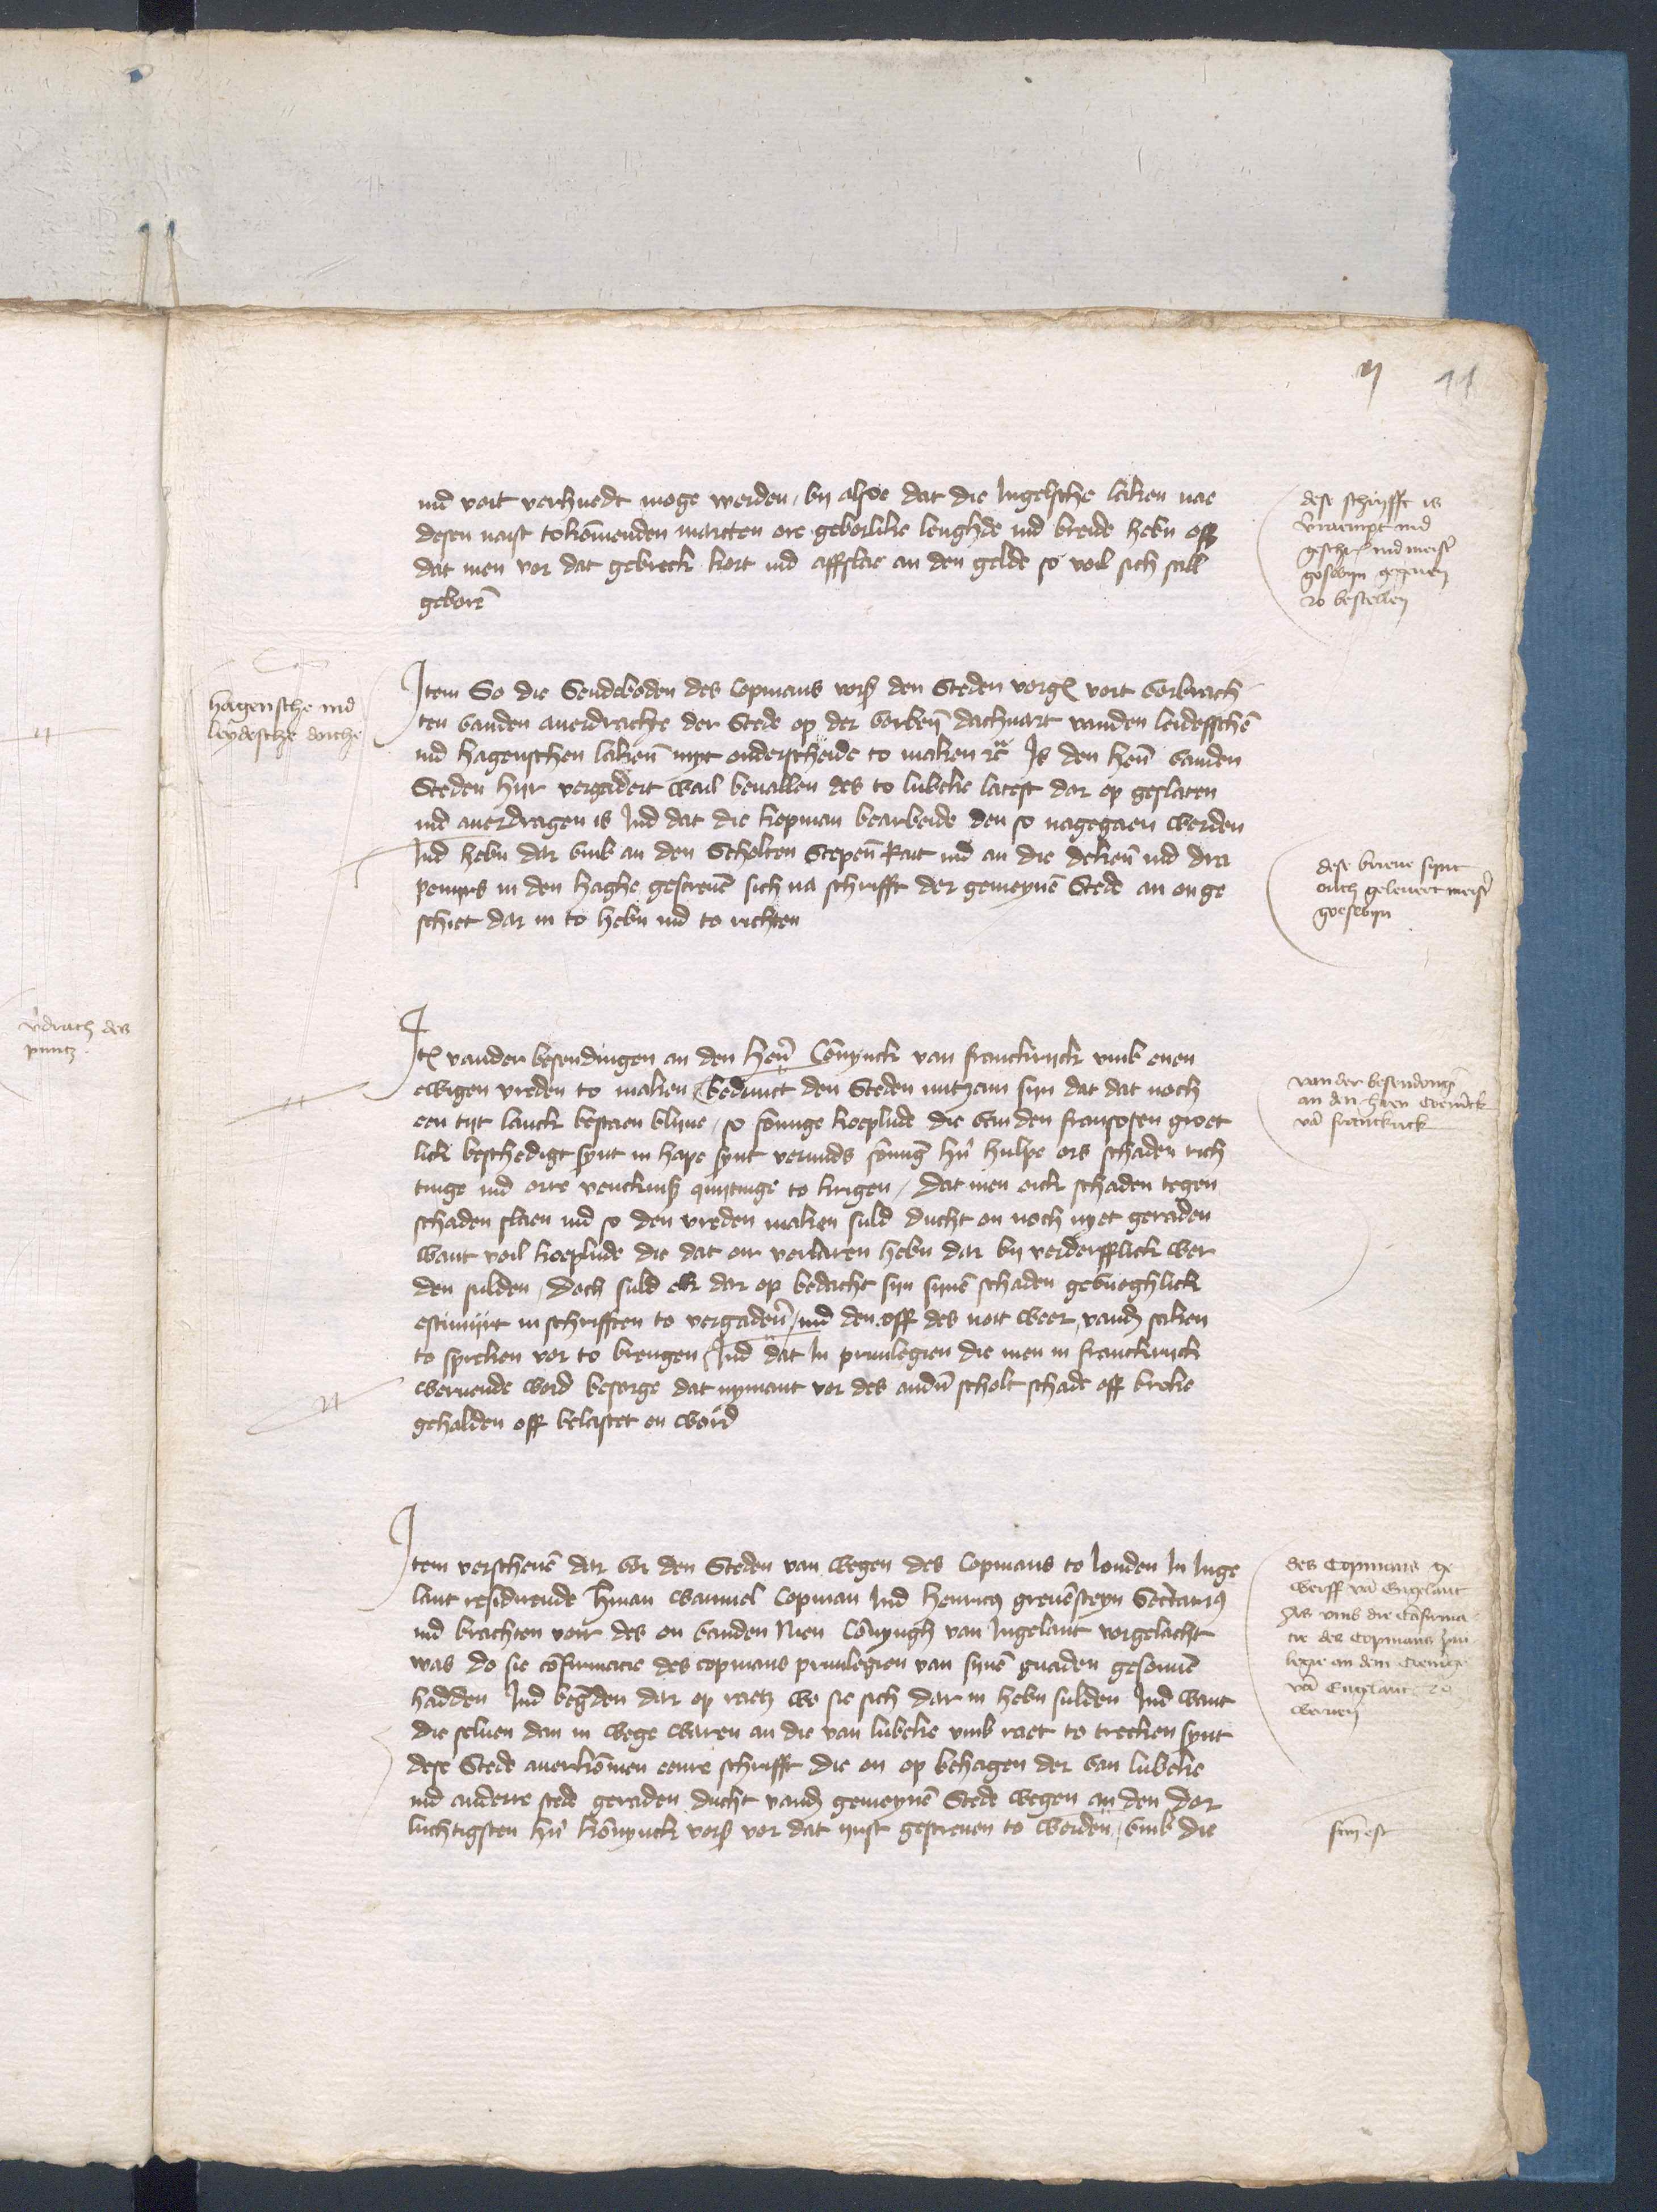
ij

nu voit verhuedt moge werden, by alse dar die Jngelsche laken nar
desen naist tokommenden marten ore geborlike lenghde ind breide heben off
dat men vor dat gebreck kort ind afflae an den gelde so voil sich sall
geboren

dese schriffte is
verraempt vnd
geschreuen vnd mester
Goswyn gegeuen
to bestellen

Jtem So die Sendeboden des Copmans vorscreuen den Steden vorgenomd vort vorbrach¬
ten vanden auerdrachte der Stede op der vorbenomden dachuart vanden leidesschen
ind Hagenschen lakenen myt onderscheide to maken etcetera Js den hern vanden
Steden hyr vergadert wail beuallen des to Lubeke latest dar op geslaten
ind auordragen is Jnd dat die kopman bearbeide den so nagegaen worden
Jnd heben dar vmb an den Scholten Scepenen Rait ind an die dekene ind dra¬
peniers in den Haghe gescreuen sich na schifft der gemeynen Stede an on ge¬
schiet dar in to heben ind to richten

Hagensche ind
leydesche dorch

dese breue synt
auch geleuert mester
Goswyn

Jtem vander besendingen an den hern Connyncke van franckrinck vmb enen
ewigen vreden to maken bedunct den Steden nutzam syn dat dat noch
een tyt lanck bestaen bliue, so sommige koplude die van den fransoten groet¬
licke beschedigt synt in hape synt vormids sommige hern hulpe ors schaden rich¬
tinge ind orre vencknisse quittingen to krigen, dat men ock schaden tegen
schaden slaen ind so den vreden maken suld ducht en noch nyet geraden
want voil koeplude die dat en vorvaren heben dar by vorderfflicke wer¬
den sulden, doch suld ok dar op bedacht syn synen schaden geburghlick
estimiirt in schrifften to vergaderen ind den off des nott weer vanden sicken
to spreken vor to brengen Jnd dat Jn priuilegien die men in franckryck
weruende word besorge dat nymant vor des anderen scholt schade off breke
gehalden off belastet en word

von der besending
an den hern coeninck
van franckick

Jtem verschenen dar vor den Steden van wegen des Copmans to Londen Jn Jnge¬
lant residerende Herman Wanmel Copman vnd Henricus Greuensteyn Secretarius
ind brachten vor des en vanden nien Connyngh van Jngelant vorgelacht
was do sie confirmacie des Copmans priuilegien van synen gnaden gesonnen
hadden Jnd begerden dar op raetz wo sie sich dar in heben sulden Jnd want
die seluen dem in wege waren an die van Lubeke vmb raet to trecken synt
dese Stede auerkommen eene schinfft die en op behagen der van Lubeke
ind andere stede geraden ducht vanden gemeynen Stede wegen an den dor¬
lichtigsten hern konnynck vorscreuen vor dat ijrst gescreuen to worden, vmb die

des Copmanne ge¬
werff van Engelant
wes vmb die Confirma¬
tie des copmans priui¬
legie an dem coning
van Englant to
weruen
sen es